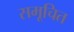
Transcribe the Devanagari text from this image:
समूचित